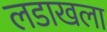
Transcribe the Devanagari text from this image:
लडाखला